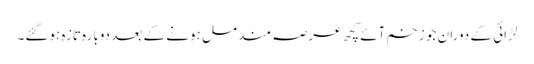
لڑائی کے دوران جو زخم آئے کچھ عرصہ مندمل ہونے کے بعد دوبارہ تازہ ہوگئے۔